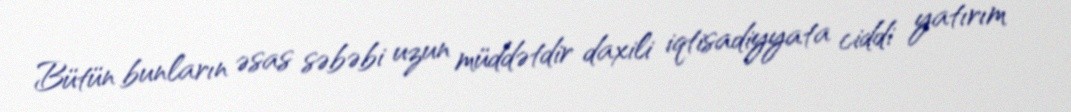
Bütün bunların əsas səbəbi uzun müddətdir daxili iqtisadiyyata ciddi yatırım